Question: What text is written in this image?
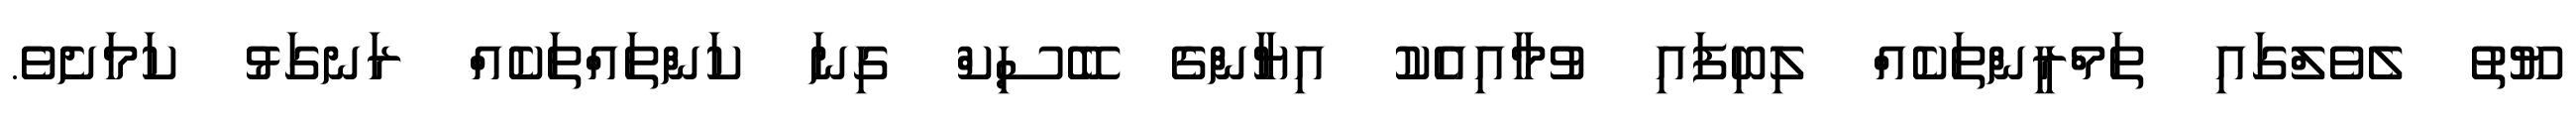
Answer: ޔޫތު ލެވެލްގައި ތަމްރީންތަކެއް ލިބިފައި ވުމާއިއެކު އިޔާންގެ ބޭސިކް ގިނަ ކަންތައްތަކެއް ރަނގަޅު ކަމަށެވެ.